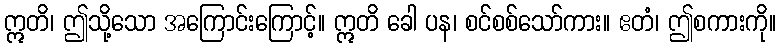
ဣတိ၊ ဤသို့သော အကြောင်းကြောင့်။ ဣတိ ခေါ ပန၊ စင်စစ်သော်ကား။ ဧတံ၊ ဤစကားကို။